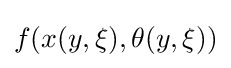
f(x(y,\xi ),\theta (y,\xi ))